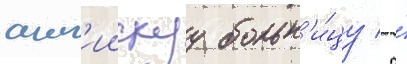
англ'иискуу больн'и́цу / а́